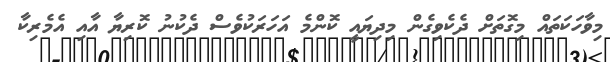
މިވާހަކަތައް މިގޮތަށް ދެކެވިގެން މިދިޔައީ ކޮންމެ އަހަރަކުވެސް ދެކުނު ކޮރިޔާ އާއި އެމެރިކާ